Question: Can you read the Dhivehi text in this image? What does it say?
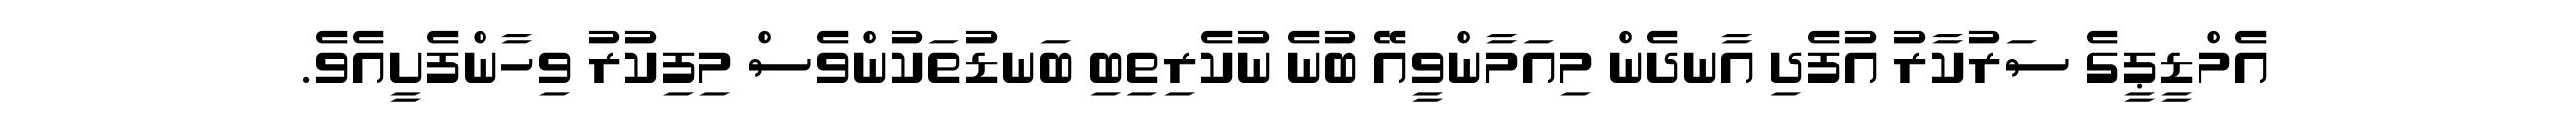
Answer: އެމްޑީޕީގެ ސަރުކާރު އުފެދި އާނދެން މިއަމާންވީއޭ ބުނެ ނުކެރިތިބި ބަނޑުތަކުންވެސް މިފިކުރު ވިހާންފެށީއެވެ.